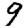
Digit: 9